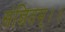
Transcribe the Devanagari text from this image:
संज्ञितम्।।